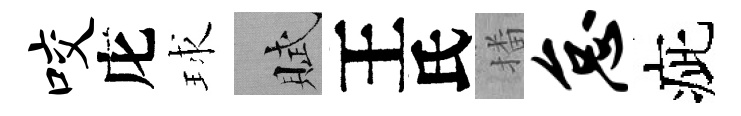
咬庀球賦王氏播怠疵